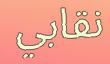
نقابي